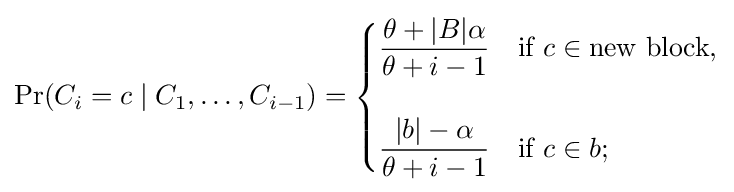
\Pr(C_{i}=c\mid C_{1},\ldots ,C_{i-1})={\begin{cases}{\dfrac {\theta +|B|\alpha }{\theta +i-1}}&{\text{if }}c\in {\text{new block}},\\\\{\dfrac {|b|-\alpha }{\theta +i-1}}&{\text{if }}c\in b;\end{cases}}